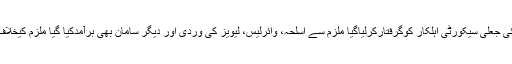
02 دسمبر2019ء) چمن میں لیویز کی کارروائی جعلی سیکورٹی اہلکار کوگرفتارکرلیاگیا ملزم سے اسلحہ، وائرلیس، لیویز کی وردی اور دیگر سامان بھی برآمدکیا گیا ملزم کیخلاف مقدمہ درج کرکے تحقیقات شروع کردی گئی۔